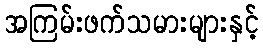
အကြမ်းဖက်သမားများနှင့်